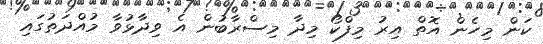
ކަން މިހެން އޮތް އިރު މިފްކޯ މިދާ މިސްރާބުން އެ ވިދާޅުވާ މުއްދަތުގައި